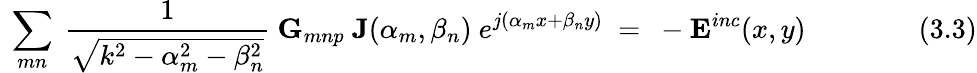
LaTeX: ~\sum_{mn}~{\frac{1}{\sqrt{k^{2}-\alpha_{m}^{2}-\beta_{n}^{2}}}}~\mathbf{G}_{mnp}~\mathbf{J}(\alpha_{m},\beta_{n})~e^{j(\alpha_{m}x+\beta_{n}y)}~=~-\mathbf{E}^{inc}(x,y)~~~~~~~~~~~~~~~~(3.3)